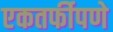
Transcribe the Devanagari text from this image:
एकतर्फीपणे